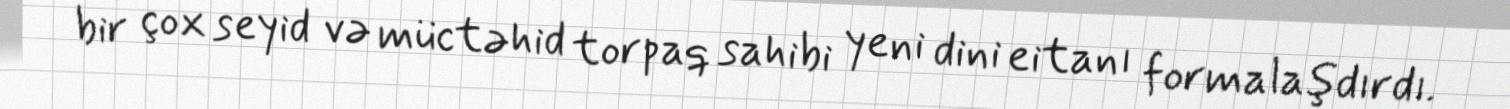
bir çox seyid və müctəhid torpaq sahibi yeni dini eitanı formalaşdırdı.